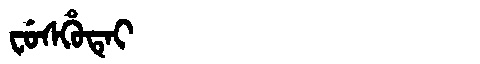
Manchu: ᠸᡠᠰᡥᡠᡨᡝᡳ
Romanization: FUSHUTEI